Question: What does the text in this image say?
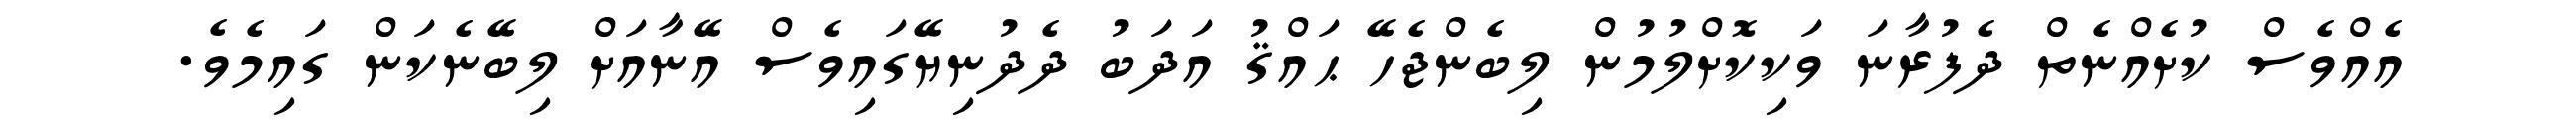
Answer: އެއްވެސް ކުށެއްނެތް ދެފުރާނަ ވަކިކޮށްލުމުން ލިބެންޖެހޭ ޙައްޤު އަދަބު ދެދުނިޔޭގައިވެސް އޭނާއަށް ލިބޭނެކަން ގައިމެވެ.